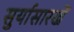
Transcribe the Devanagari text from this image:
सुर्यासारखें